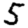
Digit: 5